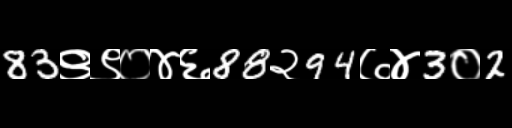
Text: 83९९०४६88२94७४3०2